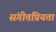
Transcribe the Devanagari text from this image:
संगीतप्रियता